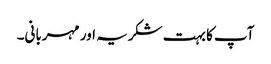
آپ کا بہت شکریہ اور مہربانی۔